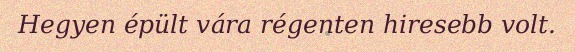
Hegyen épült vára régenten hiresebb volt.